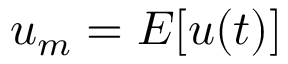
u _ { m } = E [ u ( t ) ]